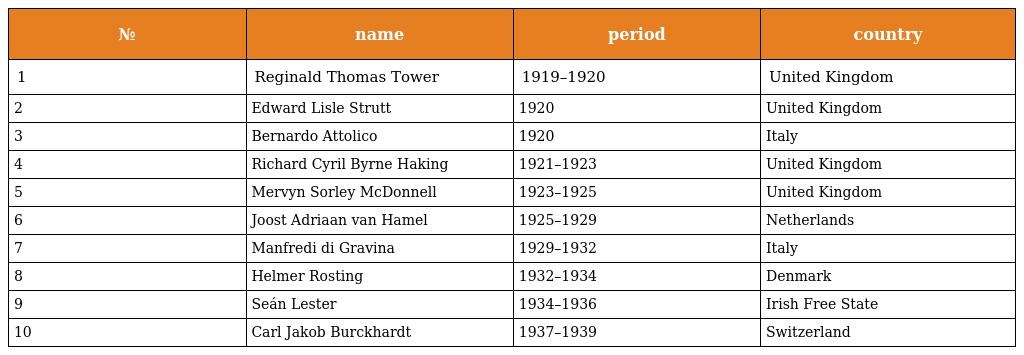
| № | name | period | country |
 | --- | --- | --- | --- |
 | 1 | Reginald Thomas Tower | 1919–1920 | United Kingdom |
 | 2 | Edward Lisle Strutt | 1920 | United Kingdom |
 | 3 | Bernardo Attolico | 1920 | Italy |
 | 4 | Richard Cyril Byrne Haking | 1921–1923 | United Kingdom |
 | 5 | Mervyn Sorley McDonnell | 1923–1925 | United Kingdom |
 | 6 | Joost Adriaan van Hamel | 1925–1929 | Netherlands |
 | 7 | Manfredi di Gravina | 1929–1932 | Italy |
 | 8 | Helmer Rosting | 1932–1934 | Denmark |
 | 9 | Seán Lester | 1934–1936 | Irish Free State |
 | 10 | Carl Jakob Burckhardt | 1937–1939 | Switzerland |